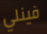
فينلي